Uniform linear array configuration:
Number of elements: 32
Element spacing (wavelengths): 0.75
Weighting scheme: hamming
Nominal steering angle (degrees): -60
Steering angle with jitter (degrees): -61.252
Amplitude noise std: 0.05
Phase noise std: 0.05

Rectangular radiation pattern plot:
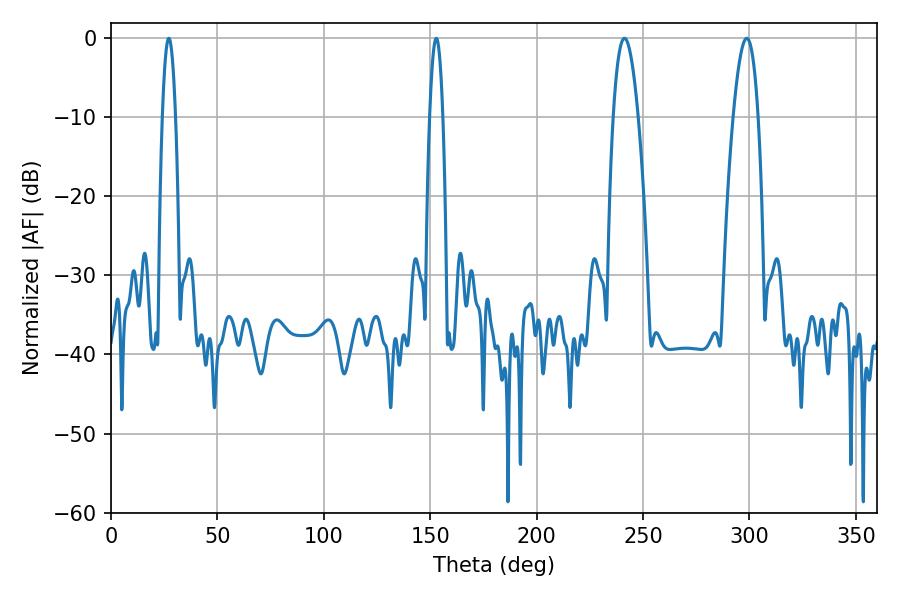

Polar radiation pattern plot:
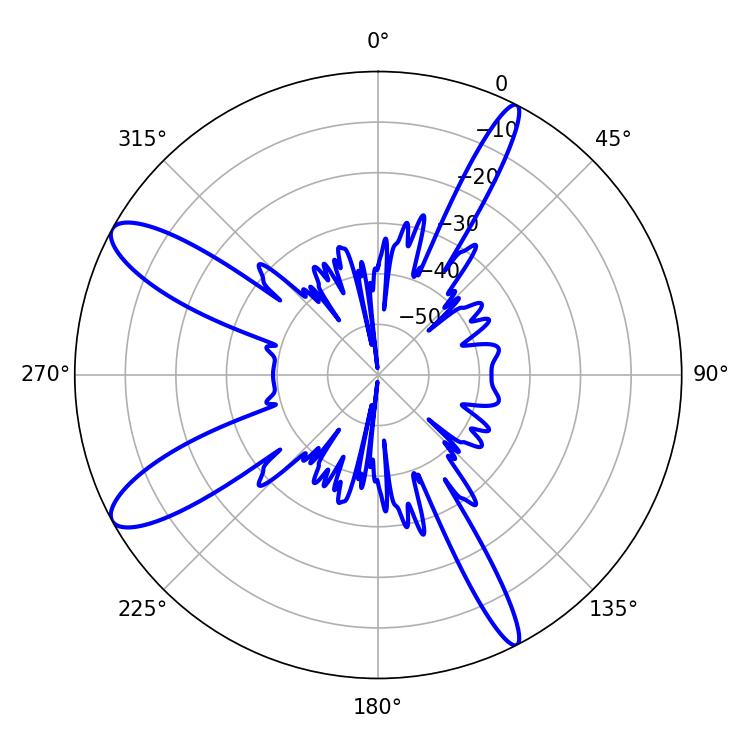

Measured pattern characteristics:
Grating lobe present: TRUE
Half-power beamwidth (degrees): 3.24
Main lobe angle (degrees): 27.18